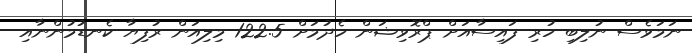
ނަމަވެސް ނުލިބި ހުރި ފައިސާއަށް ޕްރޮވިޝަން ހެދުމަށް 122.5 މިލިއަން ރުފިޔާ ކެނޑުމުންނާއި